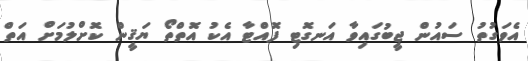
އެވަގުތު ސައުން ޖީބުގައިވާ އަނގޮޓި ފޮއްޓާ އެކު އޮތްތޯ ޔަޤީން ކޮށްލުމަށް އަތް